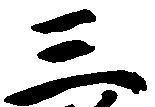
三